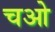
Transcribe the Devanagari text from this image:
चओ